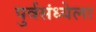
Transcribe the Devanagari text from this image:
पुर्वसंध्येला